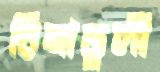
চিনাডুলী